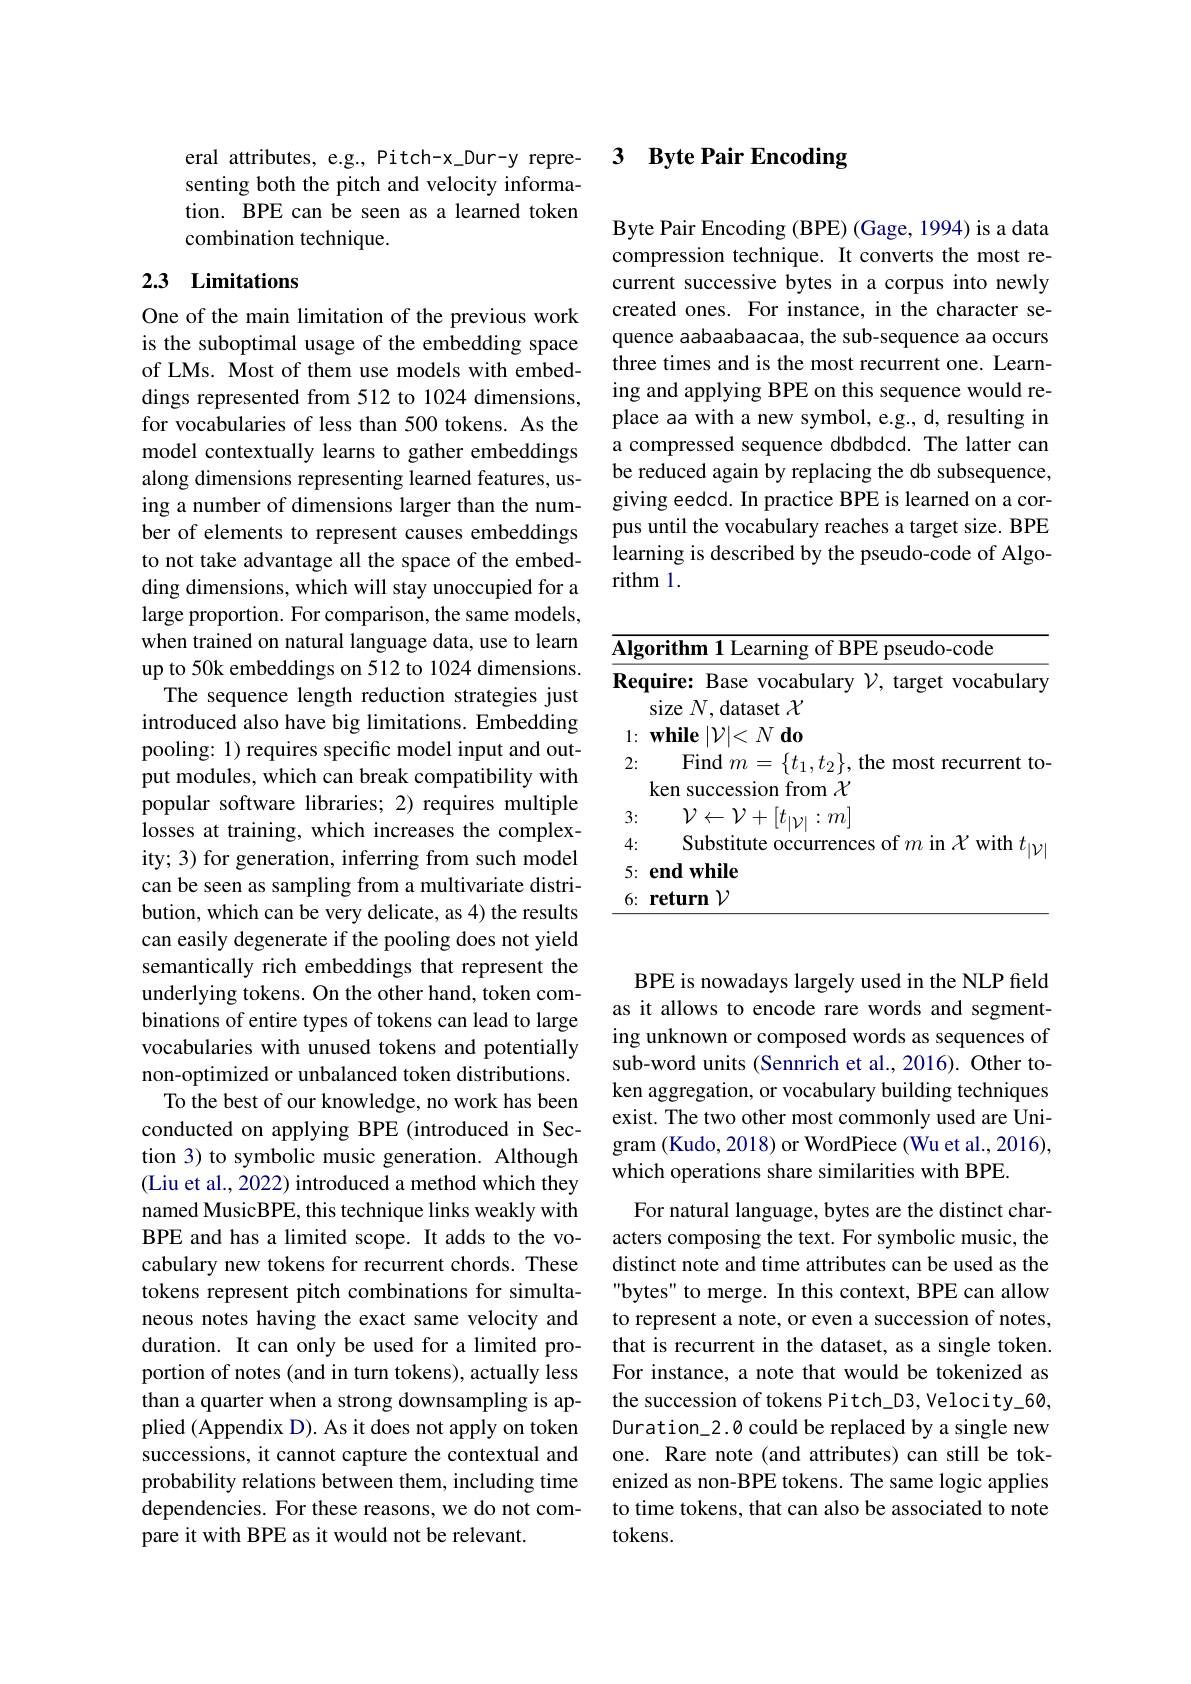
eral attributes, e.g., Pitch-x\_Dur-y representing both the pitch and velocity information. BPE can be seen as a learned token combination technique.

## 2.3 Limitations

One of the main limitation of the previous work is the suboptimal usage of the embedding space of LMs. Most of them use models with embeddings represented from 512 to 1024 dimensions, for vocabularies of less than 500 tokens. As the model contextually learns to gather embeddings along dimensions representing learned features, using a number of dimensions larger than the number of elements to represent causes embeddings to not take advantage all the space of the embedding dimensions, which will stay unoccupied for a large proportion. For comparison, the same models, when trained on natural language data, use to learn up to 50k embeddings on 512 to 1024 dimensions. The sequence length reduction strategies just introduced also have big limitations. Embedding pooling: 1) requires specific model input and output modules, which can break compatibility with popular software libraries; 2) requires multiple losses at training, which increases the complexity; 3) for generation, inferring from such model can be seen as sampling from a multivariate distribution, which can be very delicate, as 4) the results can easily degenerate if the pooling does not yield semantically rich embeddings that represent the underlying tokens. On the other hand, token combinations of entire types of tokens can lead to large vocabularies with unused tokens and potentially non-optimized or unbalanced token distributions.
To the best of our knowledge, no work has been conducted on applying BPE (introduced in Section 3) to symbolic music generation. Although (Liu et al., 2022) introduced a method which they named MusicBPE, this technique links weakly with BPE and has a limited scope. It adds to the vocabulary new tokens for recurrent chords. These tokens represent pitch combinations for simultaneous notes having the exact same velocity and duration. It can only be used for a limited proportion of notes (and in turn tokens), actually less than a quarter when a strong downsampling is applied (Appendix D). As it does not apply on token successions, it cannot capture the contextual and probability relations between them, including time dependencies. For these reasons, we do not compare it with BPE as it would not be relevant.

## 3 $\textbf{Byte Pair Encoding}$

Byte Pair Encoding (BPE) (Gage, 1994) is a data compression technique. It converts the most recurrent successive bytes in a corpus into newly created ones. For instance, in the character sequence aabaabaacaa, the sub-sequence aa occurs three times and is the most recurrent one. Learning and applying BPE on this sequence would replace aa with a new symbol, e.g., d, resulting in a compressed sequence dbdbdcd. The latter can be reduced again by replacing the db subsequence, giving eedcd. In practice BPE is learned on a corpus until the vocabulary reaches a target size. BPE learning is described by the pseudo-code of Algorithm 1.

<table>
	<tbody>
		<tr>
			<td>$\overline{\mathbf{A}}$</td>
			<td>$\mathbf{g}$orithm 1 Learning of BPE pseudo-code</td>
		</tr>
		<tr>
			<td> </td>
			<td>Find $m=$ $t_{1}$ $t_{0}\}$ fhe ${\mathrm{most~recurrent~to}}$</td>
		</tr>
		<tr>
			<td> </td>
			<td>ken succession from $\chi$</td>
		</tr>
		<tr>
			<td> </td>
			<td>$\mathcal{V}\leftarrow\mathcal{V}+[t_{|\mathcal{D}^{2}|}:m]$</td>
		</tr>
		<tr>
			<td> </td>
			<td>Substitute occurrences of $m$ in $\mathcal{X}$ with $t_{|\mathcal{Y}}$,</td>
		</tr>
		<tr>
			<td> </td>
			<td>$\textbf{end while}$</td>
		</tr>
		<tr>
			<td> </td>
			<td>return $\mathcal{V}$</td>
		</tr>
	</tbody>
</table>

BPE is nowadays largely used in the NLP field as it allows to encode rare words and segmenting unknown or composed words as sequences of sub-word units (Sennrich et al., 2016). Other token aggregation, or vocabulary building techniques exist. The two other most commonly used are Unigram (Kudo, 2018) or WordPiece (Wu et al., 2016), which operations share similarities with BPE.

For natural language, bytes are the distinct characters composing the text. For symbolic music, the distinct note and time attributes can be used as the bytes" to merge. In this context, BPE can allow to represent a note, or even a succession of notes, that is recurrent in the dataset, as a single token. For instance, a note that would be tokenized as the succession of tokens Pitch\_D3, Velocity\_60, Duration\_2.0 could be replaced by a single new one. Rare note (and attributes) can still be tokenized as non-BPE tokens. The same logic applies to time tokens, that can also be associated to note tokens.